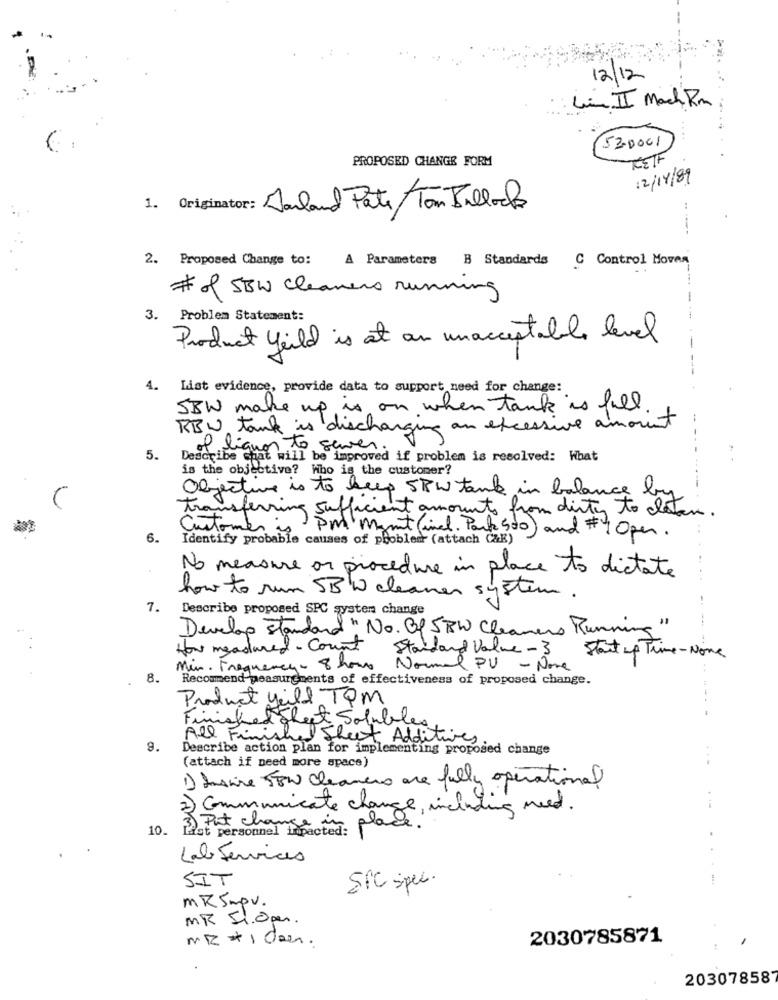
12/12
Li II Mach Rm
52.0001
PROPOSED CHANGE FORM
TESTF
12/14/89
1. Originator: Harland Pate Tom Ballads
2. Proposed Change to:
A Parameters B Standards C Control Mover
# of SBW cleaners running
3. Problem Statement:
Product yeild is at an unacceptable level
4.
List evidence, provide data to support need for change:
SBW make up is on when tank is fill
RBW tank is discharging an excessive amount
of liquar to server.
5.
Describe chat will be improved if problem is resolved: What
is the objective? Who is the customer?
Objective is to keep SBW tank in balance by
trans
ansferring sufficient amounts from dirty to clestan.
Customer in
6.
Identify probable causes of pbobler (attach CZE)
PM Mynt (incl. Parke 500) and # 4 Open.
No measure or procedure in place to dictate
how to run SB W cleaner system .
7.
Describe proposed SPC systen change
Develop standard " No. Bf SBW Cleaners Running"
How measured - count
Standard Value -3
Start up Time-None
Min. Frequency- 8 hours
Normal PU - Nove
8.
Recommend measurements of effectiveness of proposed change.
Product Will TQM
Finished Sheet Solubles
All Finished Sheet Additives
9.
Describe action plan for implementing proposed change
(attach if need more space)
..
1) tusine FEW cleaners are fully operational
2) Communicate change, including need.
10. List personnel impacted:
in place.'
Lab Services
SIT
SPC spec.
mksmpv.
MR Si.Open.
MR # 1 den .
2030785871
20307858